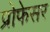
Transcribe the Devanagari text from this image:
प्रोेफेसर